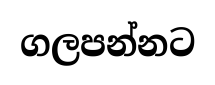
ගලපන්නට